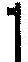
1